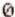
0